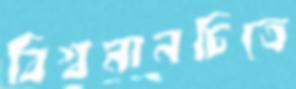
বিশ্বমানচিত্রে